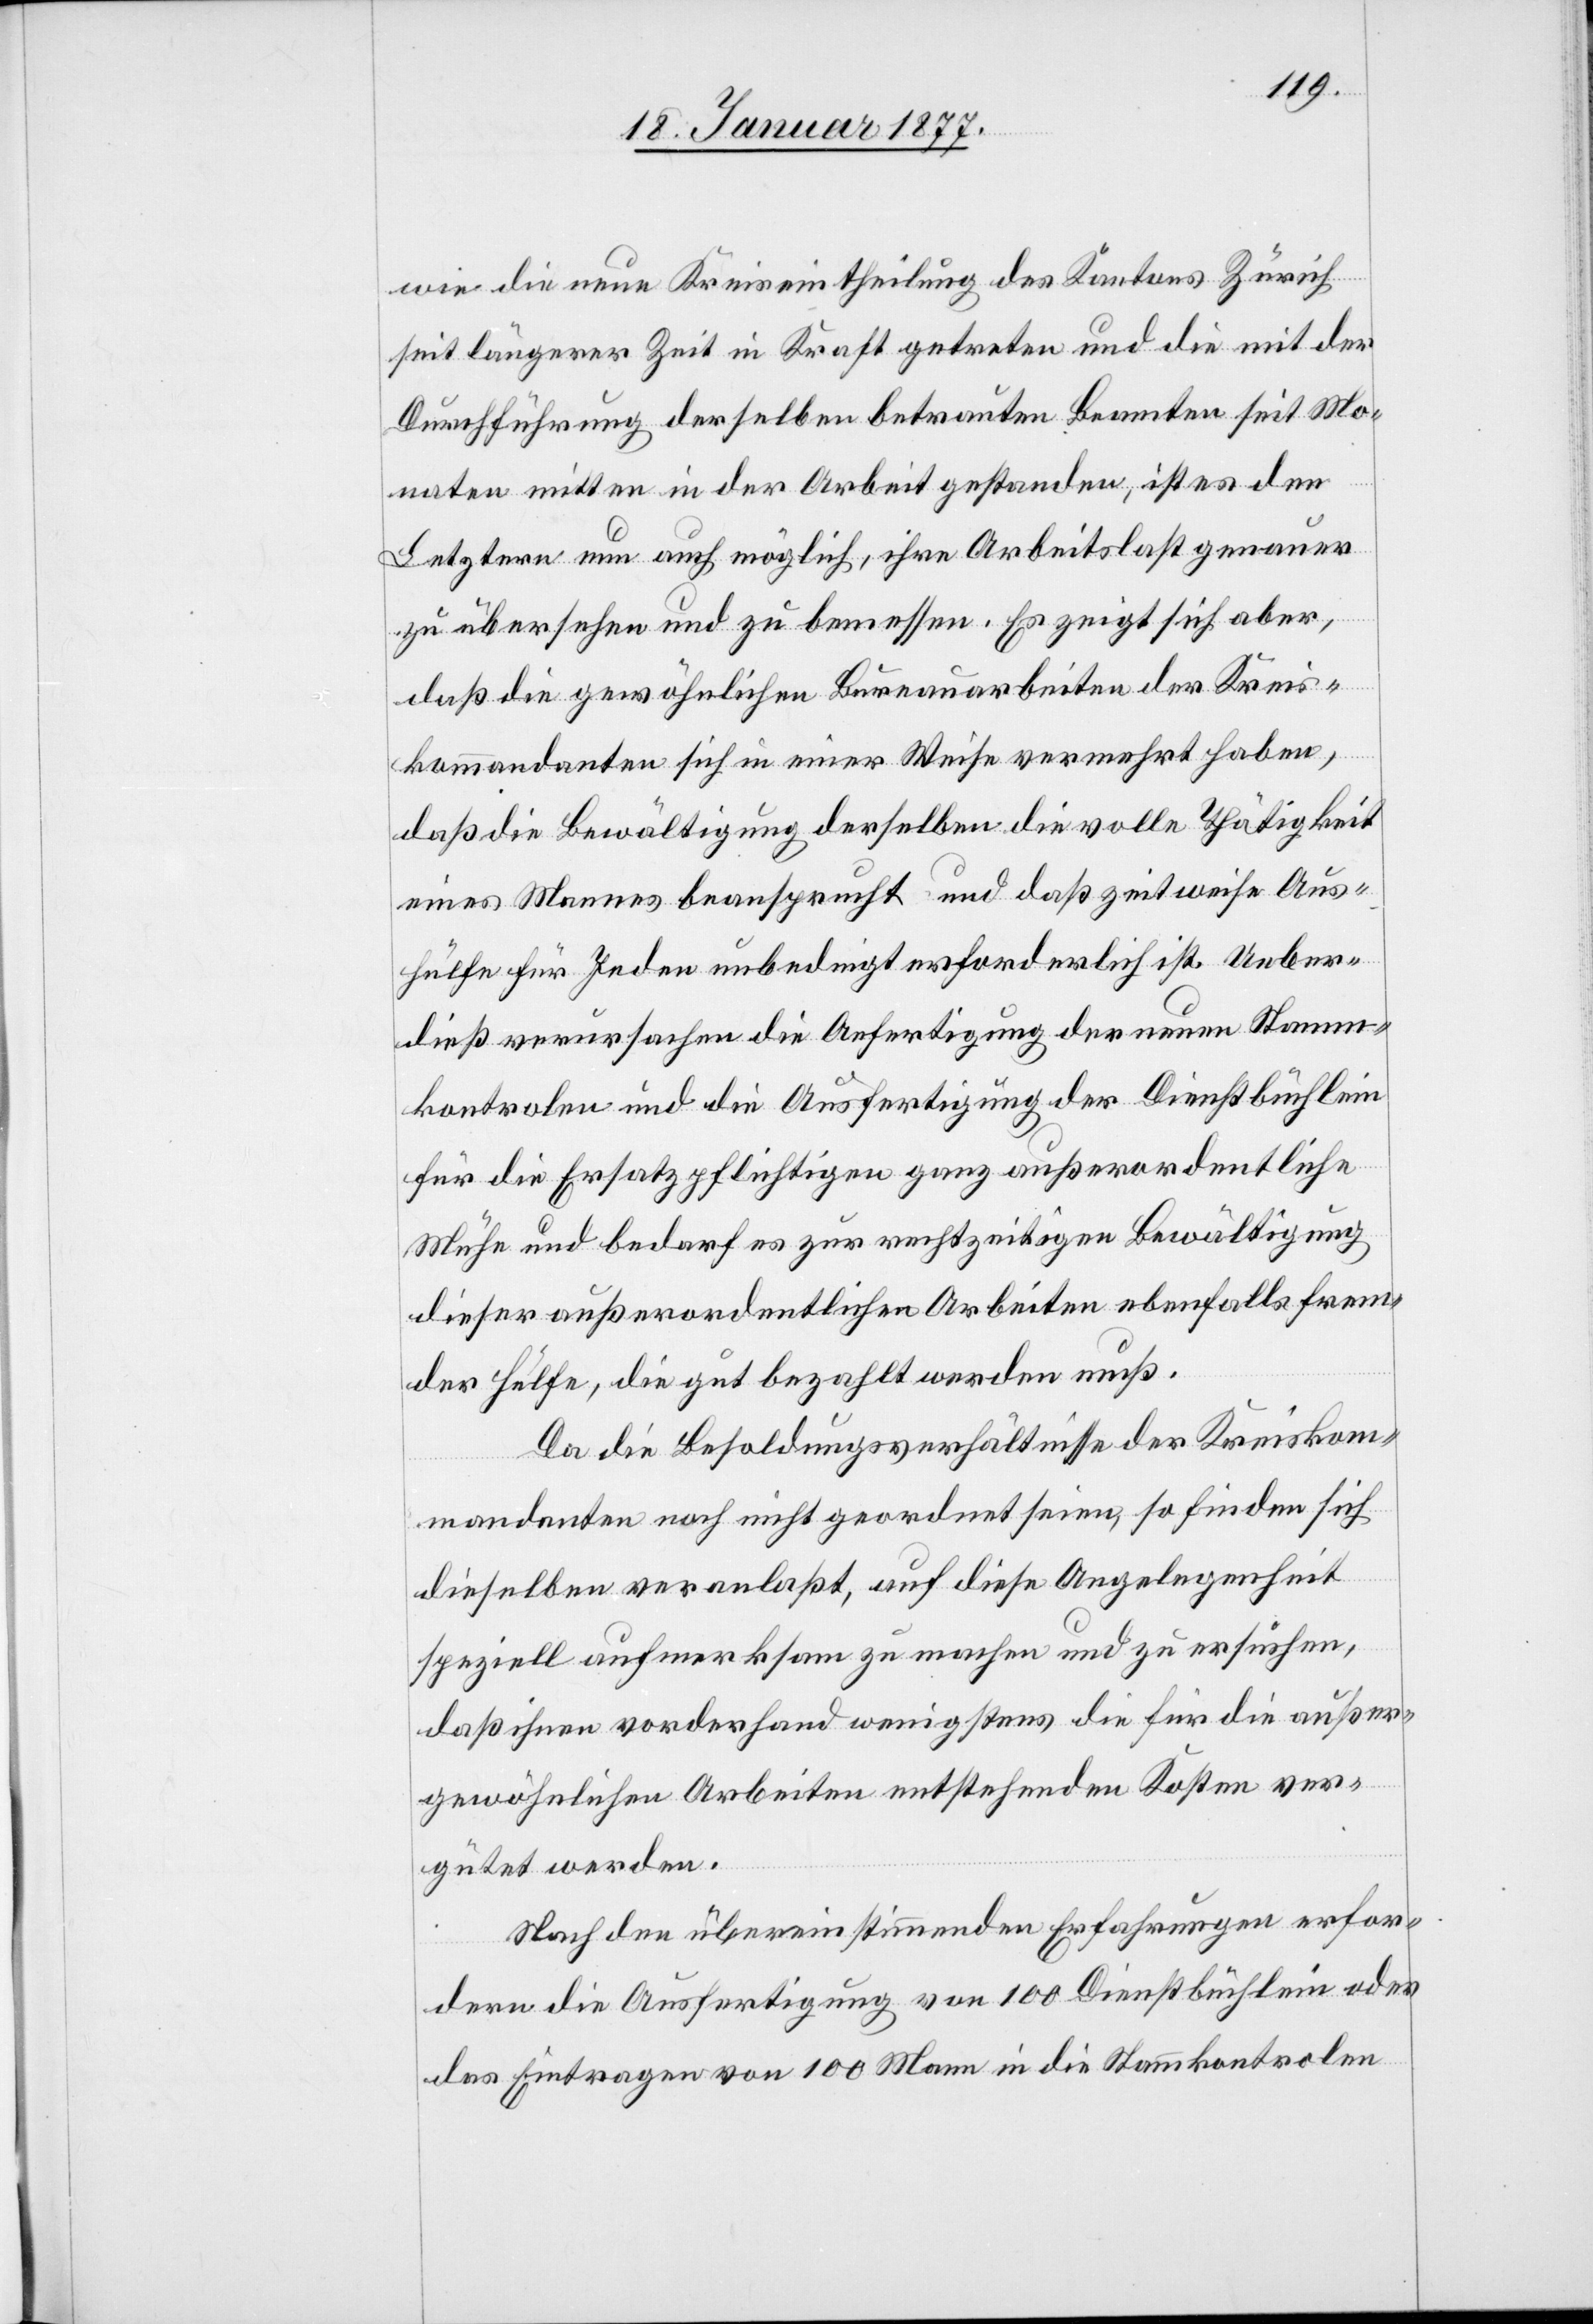
wie die neue Kreiseintheilung des Kantons Zürich
seit längerer Zeit in Kraft getreten und die mit der
Durchführung derselben betrauten Beamten seit Mo¬
naten mitten in der Arbeit gestanden, ist es den
Letztern nun auch möglich, ihre Arbeitslast genauer
zu übersehen und zu bemessen. Es zeigt sich aber,
daß die gewöhnlichen Bureauarbeiten der Kreis¬
kommandanten sich in einer Weise vermehrt haben,
daß die Bewältigung derselben die volle Thätigkeit
eines Mannes beansprucht und daß zeitweise Aus¬
hülfe für Jeden unbedingt erforderlich ist. Ueber¬
dieß verursachen die Anfertigung der neuen Stamm¬
kontrolen und die Ausfertigung der Dienstbüchlein
für die Ersatzpflichtigen ganz außerordentliche
Mühe und bedarf es zur rechtzeitigen Bewältigung
der Hülfe, die gut bezahlt werden muß.
Da die Besoldungsverhältnisse der Kreiskom¬
mandanten noch nicht geordnet seien, so finden sich
frem¬
dieselben veranlaßt, auf diese Angelegenheit
speziell aufmerksam zu machen und zu ersuchen,
daß ihnen vorderhand wenigstens die für die außer¬
gewöhnlichen Arbeiten entstehenden Kosten ver¬
gütet werden.
Nach den übereinstimmenden Erfahrungen erfor¬
dern die Ausfertigung von 100 Dienstbüchlein oder
das Eintragen von 100 Mann in die Stammkontrolen